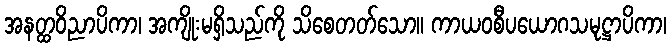
အနတ္ထဝိညာပိကာ၊ အကျိုးမရှိသည်ကို သိစေတတ်သော။ ကာယဝစီပယောဂသမုဋ္ဌာပိကာ၊